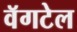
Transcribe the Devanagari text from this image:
वॅगटेल